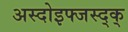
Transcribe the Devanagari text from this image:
अस्दोइफ्जस्द्क्